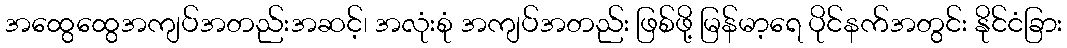
အထွေထွေအကျပ်အတည်းအဆင့်၊ အလုံးစုံ အကျပ်အတည်း ဖြစ်ဖို့ မြန်မာ့ရေ ပိုင်နက်အတွင်း နိုင်ငံခြား